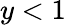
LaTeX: y<1